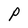
Character: P